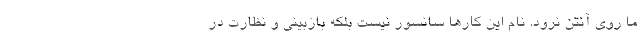
ما روی آنتن نرود. نام این کارها سانسور نیست بلکه بازبینی و نظارت در